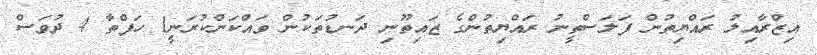
އިޒްރާއިލު ރައްޔިތުން ފަލަސްތީނު ރައްޔިތުންގެ ޒައިތޫނި ދަނޑުތަކުން ވައްކަންކުރަނީ1 ހަފްތާ 4 ދުވަސް